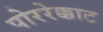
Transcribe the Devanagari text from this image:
पोररेक्काट